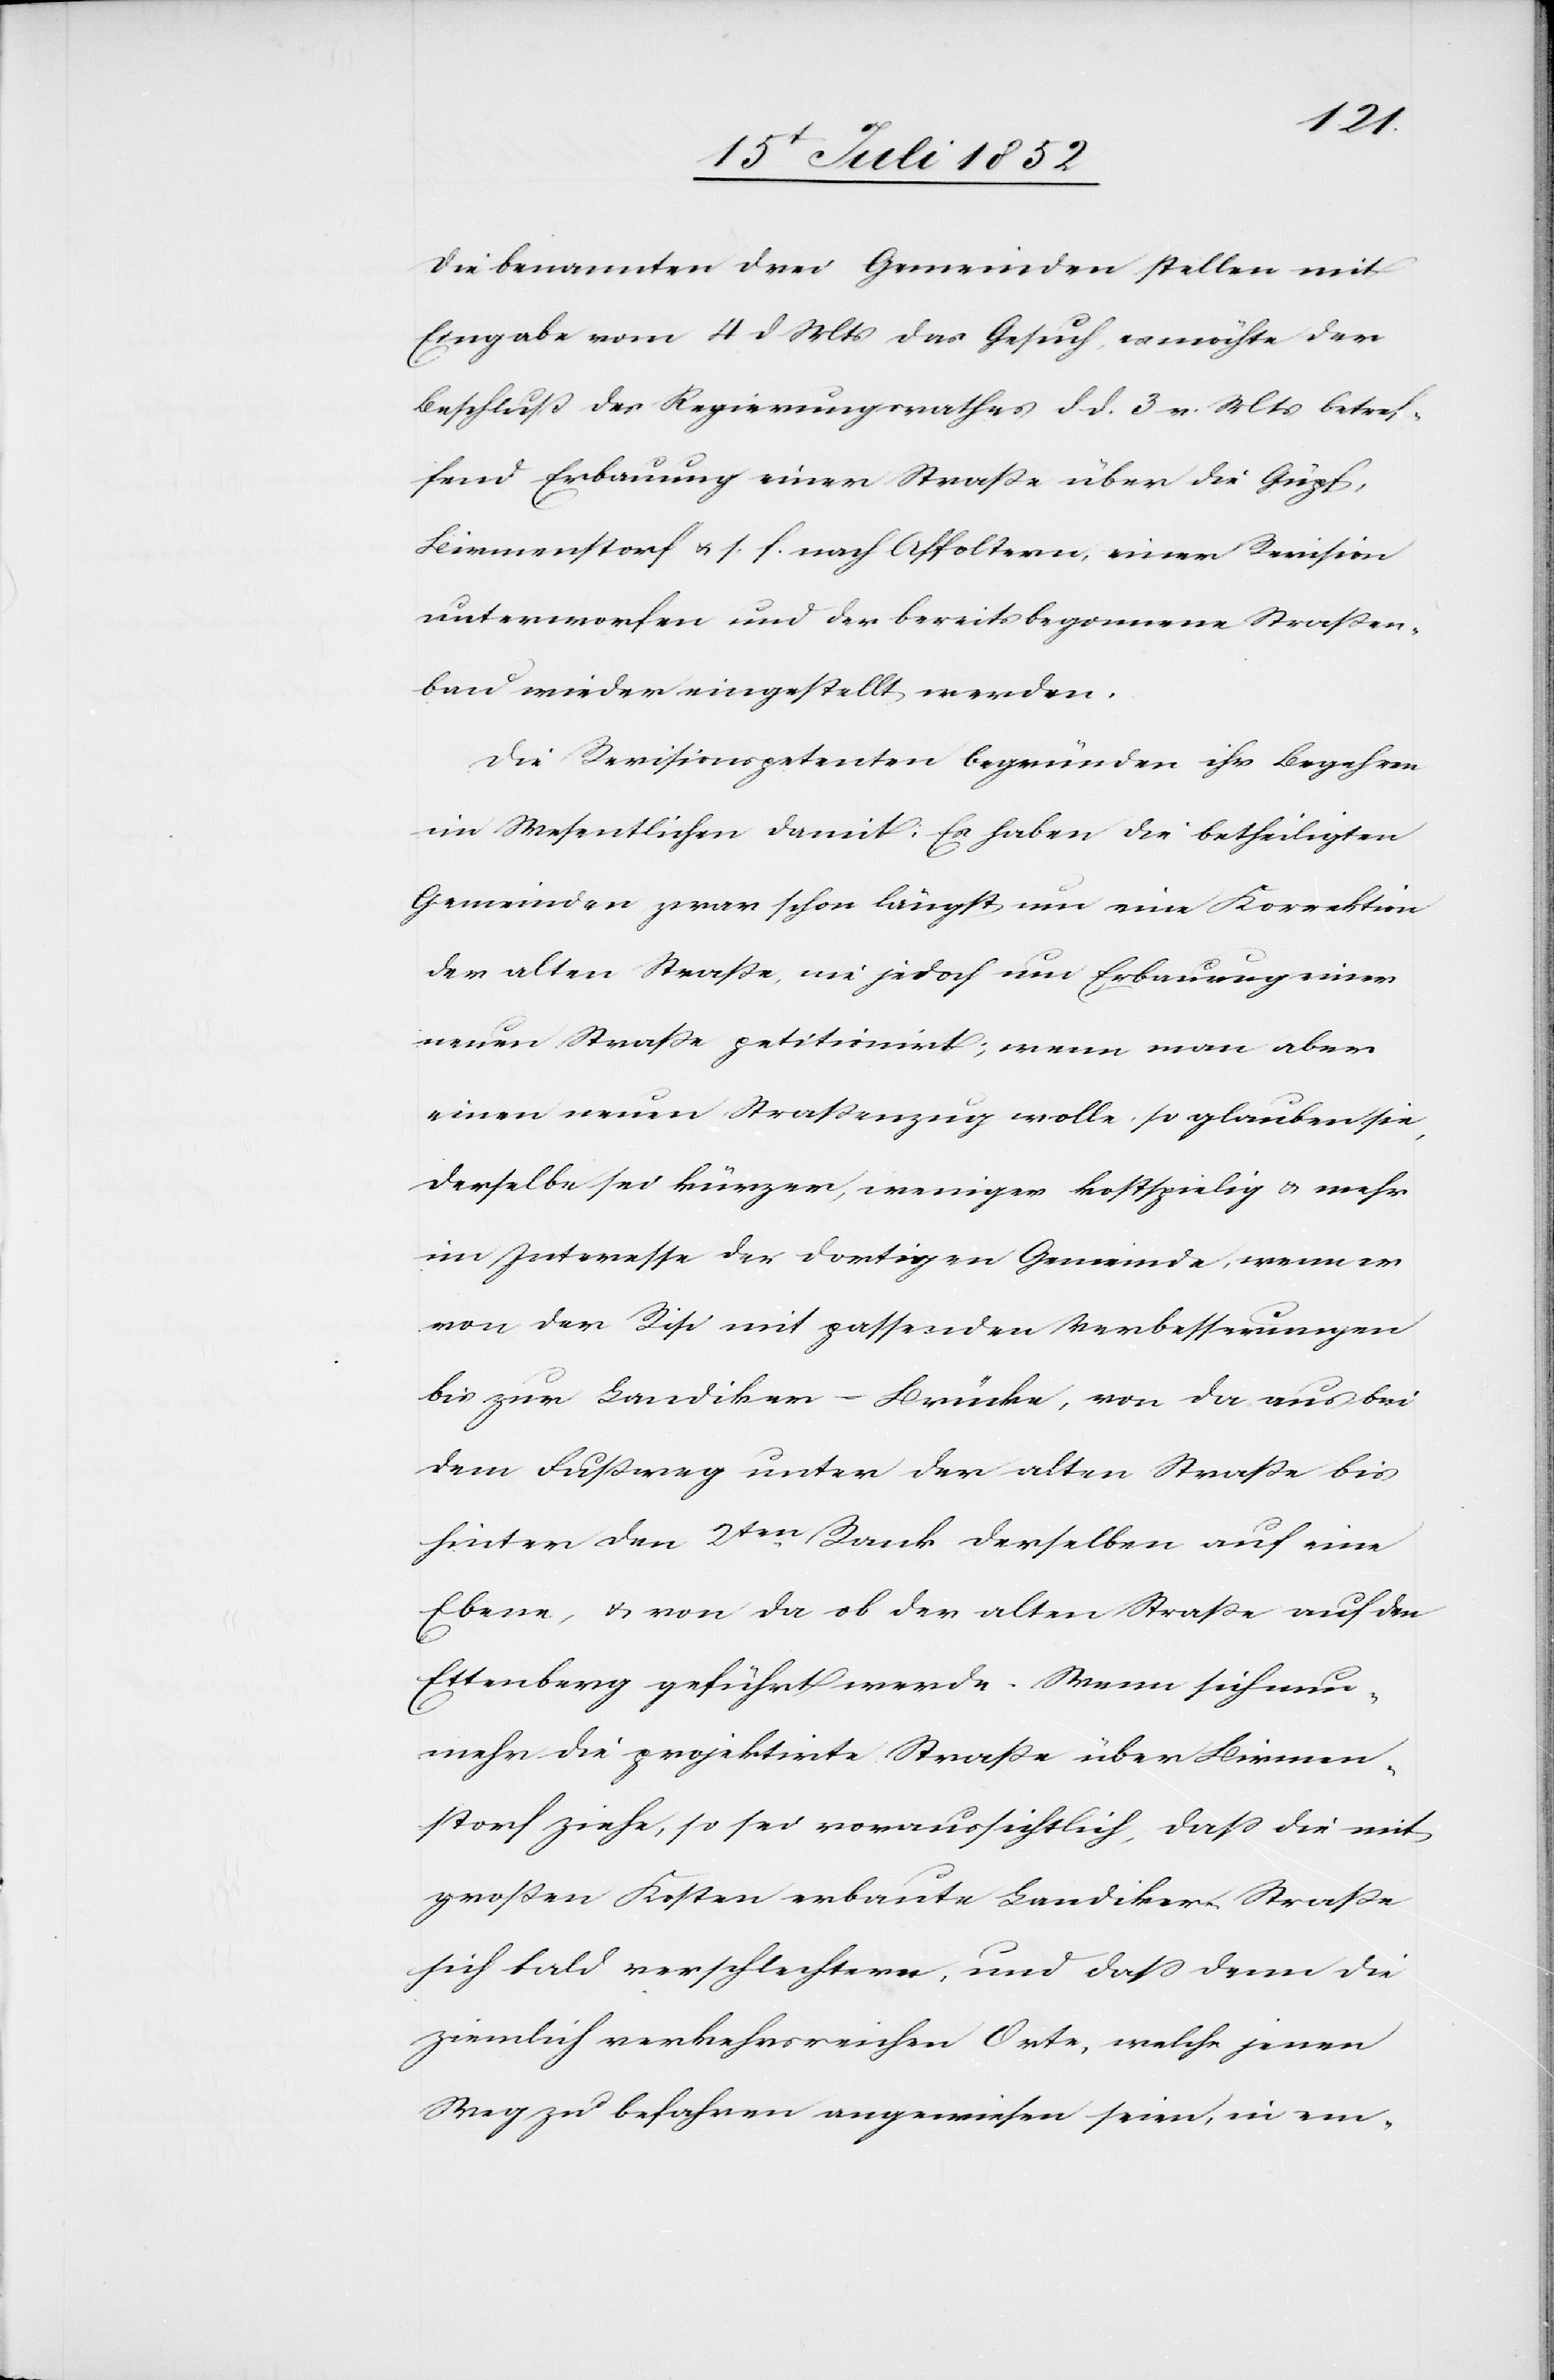
Die benannten drei Gemeinden stellen mit
Eingabe vom 4 d. Mts das Gesuch, es möchte der
Beschluß des Regierungsrathes d d. 3 v. Mts betref¬
fend Erbauung einer Straße über die Güpf,
Birmenstorf & s. f. nach Affoltern, einer Revision
unterworfen und der bereits begonnene Straßen¬
bau wieder eingestellt werden.
Die Revisionspetenten begründen ihr Begehren
im Wesentlichen damit: Es haben die betheiligten
Gemeinden zwar schon längst um eine Korrektion
der alten Straße, nie jedoch um Erbauung einer
neuen Straße petitionirt; wenn man aber
einen neuen Straßenzug wolle, so glauben sie,
derselbe sei kürzer, weniger kostspielig & mehr
im Interesse der dortigen Gemeinde, wenn er
von der Risi mit passenden Verbesserungen
bis zur Landiker-Brücke, von da aus bei
dem Fußweg unter der alten Straße bis
hinter den 2ten. Rank derselben auf eine
Ebene, & von da ob der alten Straße auf den
Ettenberg geführt werde. Wenn sich nun¬
mehr die projektirte Straße über Birmen¬
storf ziehe, so sei voraussichtlich, dass die mit
großen Kosten erbaute Landiker-Straße
sich bald verschlechtern, und daß denn die
ziemlich verkehrsreichen Orte, welche jenen
Weg zu befahren angewiesen seien, in em-